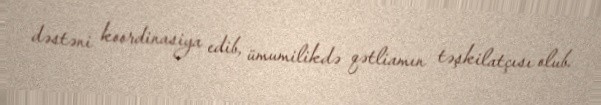
dəstəni koordinasiya edib, ümumilikdə qətliamın təşkilatçısı olub.